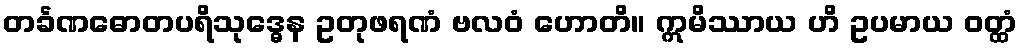
တင်္ခဏဓောတပရိသုဒ္ဓေန ဥတုဖရဏံ ဗလဝံ ဟောတိ။ ဣမိဿာယ ဟိ ဥပမာယ ဝတ္ထံ